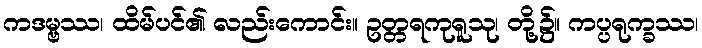
ကဒမ္ဗဿ၊ ထိမ်ပင်၏ လည်းကောင်း။ ဥတ္တရကုရူသု၊ တို့၌။ ကပ္ပရုက္ခဿ၊